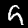
Label: 9